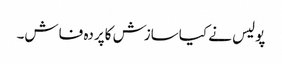
پولیس نے کیاسازش کاپردہ فاش۔